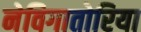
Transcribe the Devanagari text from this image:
नेविगातोरिया